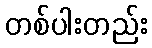
တစ်ပါးတည်း